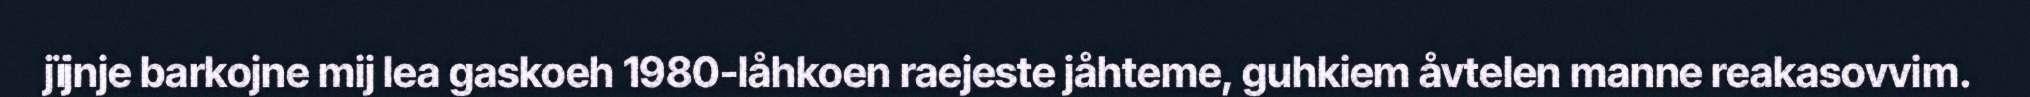
jïjnje barkojne mij lea gaskoeh 1980-låhkoen raejeste jåhteme, guhkiem åvtelen manne reakasovvim.